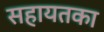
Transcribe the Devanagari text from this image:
सहायतका